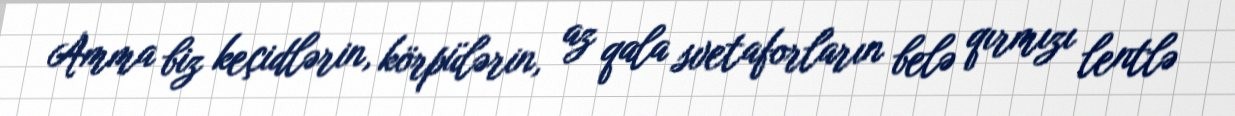
Amma biz keçidlərin, körpülərin, az qala svetaforların belə qırmızı lentlə